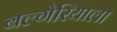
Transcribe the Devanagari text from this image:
बल्गेरियाला